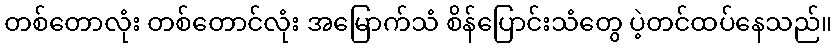
တစ်တောလုံး တစ်တောင်လုံး အမြောက်သံ စိန်ပြောင်းသံတွေ ပဲ့တင်ထပ်နေသည်။